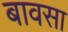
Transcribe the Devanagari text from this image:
बावसा